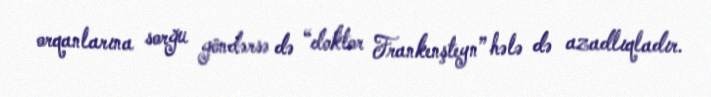
orqanlarına sorğu göndərsə də “doktor Frankenşteyn” hələ də azadlıqladır.